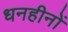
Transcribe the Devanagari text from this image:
धनहीनों